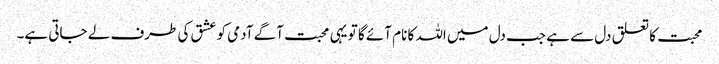
محبت کا تعلق دل سے ہے جب دل میں اللہ کا نام آئے گا تو یہی محبت آگے آدمی کو عشق کی طرف لے جاتی ہے۔